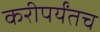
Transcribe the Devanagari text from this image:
करीपर्यंतच